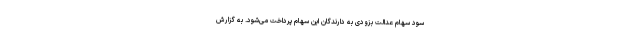
سود سهام عدالت بزودی به دارندگان این سهام پرداخت می‌شود. به گزارش